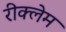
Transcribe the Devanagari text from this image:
रीक्लेम